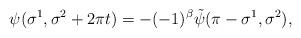
LaTeX: \begin{align*}\psi(\sigma^1,\sigma^2+2\pi t)=-(-1)^\beta\tilde\psi(\pi-\sigma^1,\sigma^2),\end{align*}